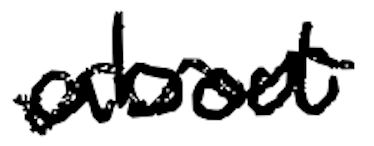
Text: about
Cross-out: wave
Writing tool: digital_black